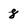
Character: 8